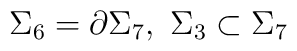
\Sigma_6=\partial\Sigma_7,\ \Sigma_3\subset\Sigma_7